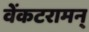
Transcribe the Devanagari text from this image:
वेंकटरामन्